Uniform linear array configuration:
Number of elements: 48
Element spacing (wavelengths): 1
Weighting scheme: uniform
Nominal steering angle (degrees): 60
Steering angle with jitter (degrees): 59.955
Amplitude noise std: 0.05
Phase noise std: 0.05

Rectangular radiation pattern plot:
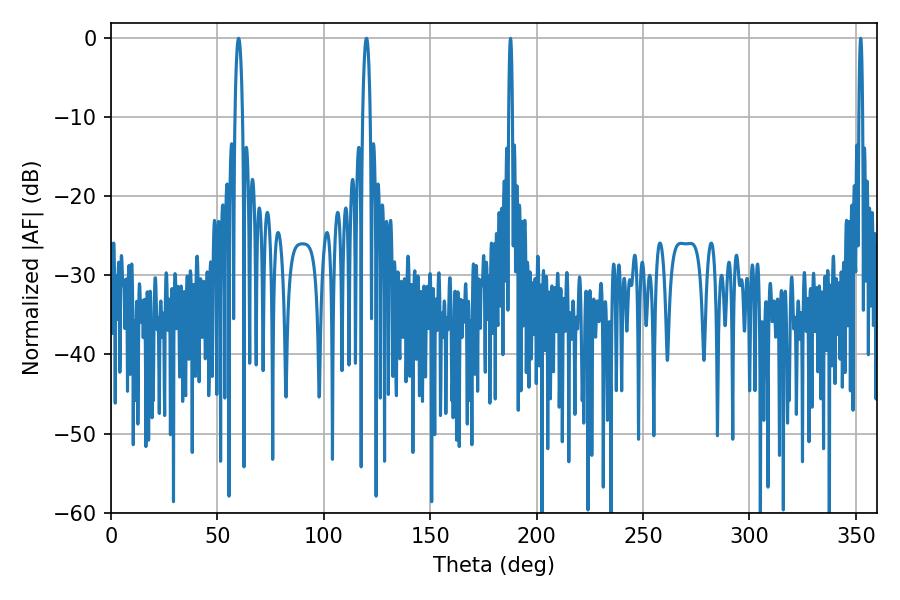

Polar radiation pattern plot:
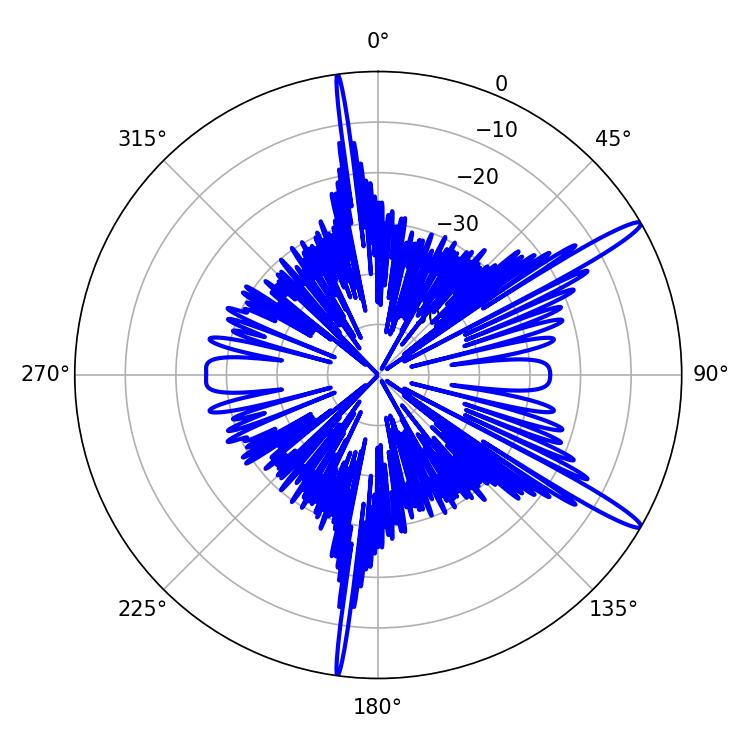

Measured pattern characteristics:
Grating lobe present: TRUE
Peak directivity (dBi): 14.859
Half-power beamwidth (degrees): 1.98
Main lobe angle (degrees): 59.94